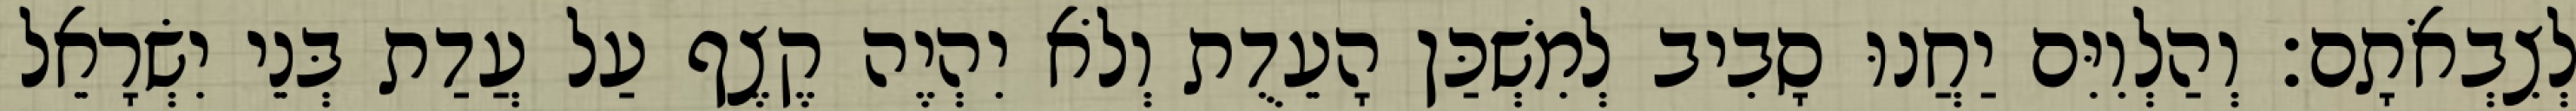
לְצִבְאֹתָם׃ וְהַלְוִיִּם יַחֲנוּ סָבִיב לְמִשְׁכַּן הָעֵדֻת וְלֹא יִהְיֶה קֶצֶף עַל עֲדַת בְּנֵי יִשְׂרָאֵל